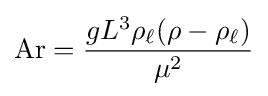
\mathrm {Ar} ={\frac {gL^{3}\rho _{\ell }(\rho -\rho _{\ell })}{\mu ^{2}}}